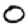
Digit: 0